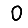
Digit: 0